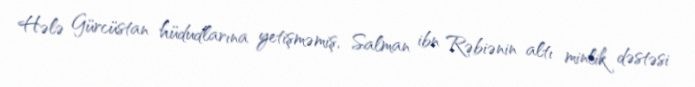
Hələ Gürcüstan hüdudlarına yetişməmiş, Salman ibn Rəbiənin altı minlik dəstəsi